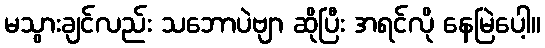
မသွားချင်လည်း သဘောပဲဗျာ ဆိုပြီး အရင်လို နေမြဲပေါ့။